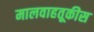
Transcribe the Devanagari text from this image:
मालवाहतूकीस